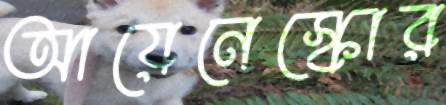
আয়েনেস্কোর